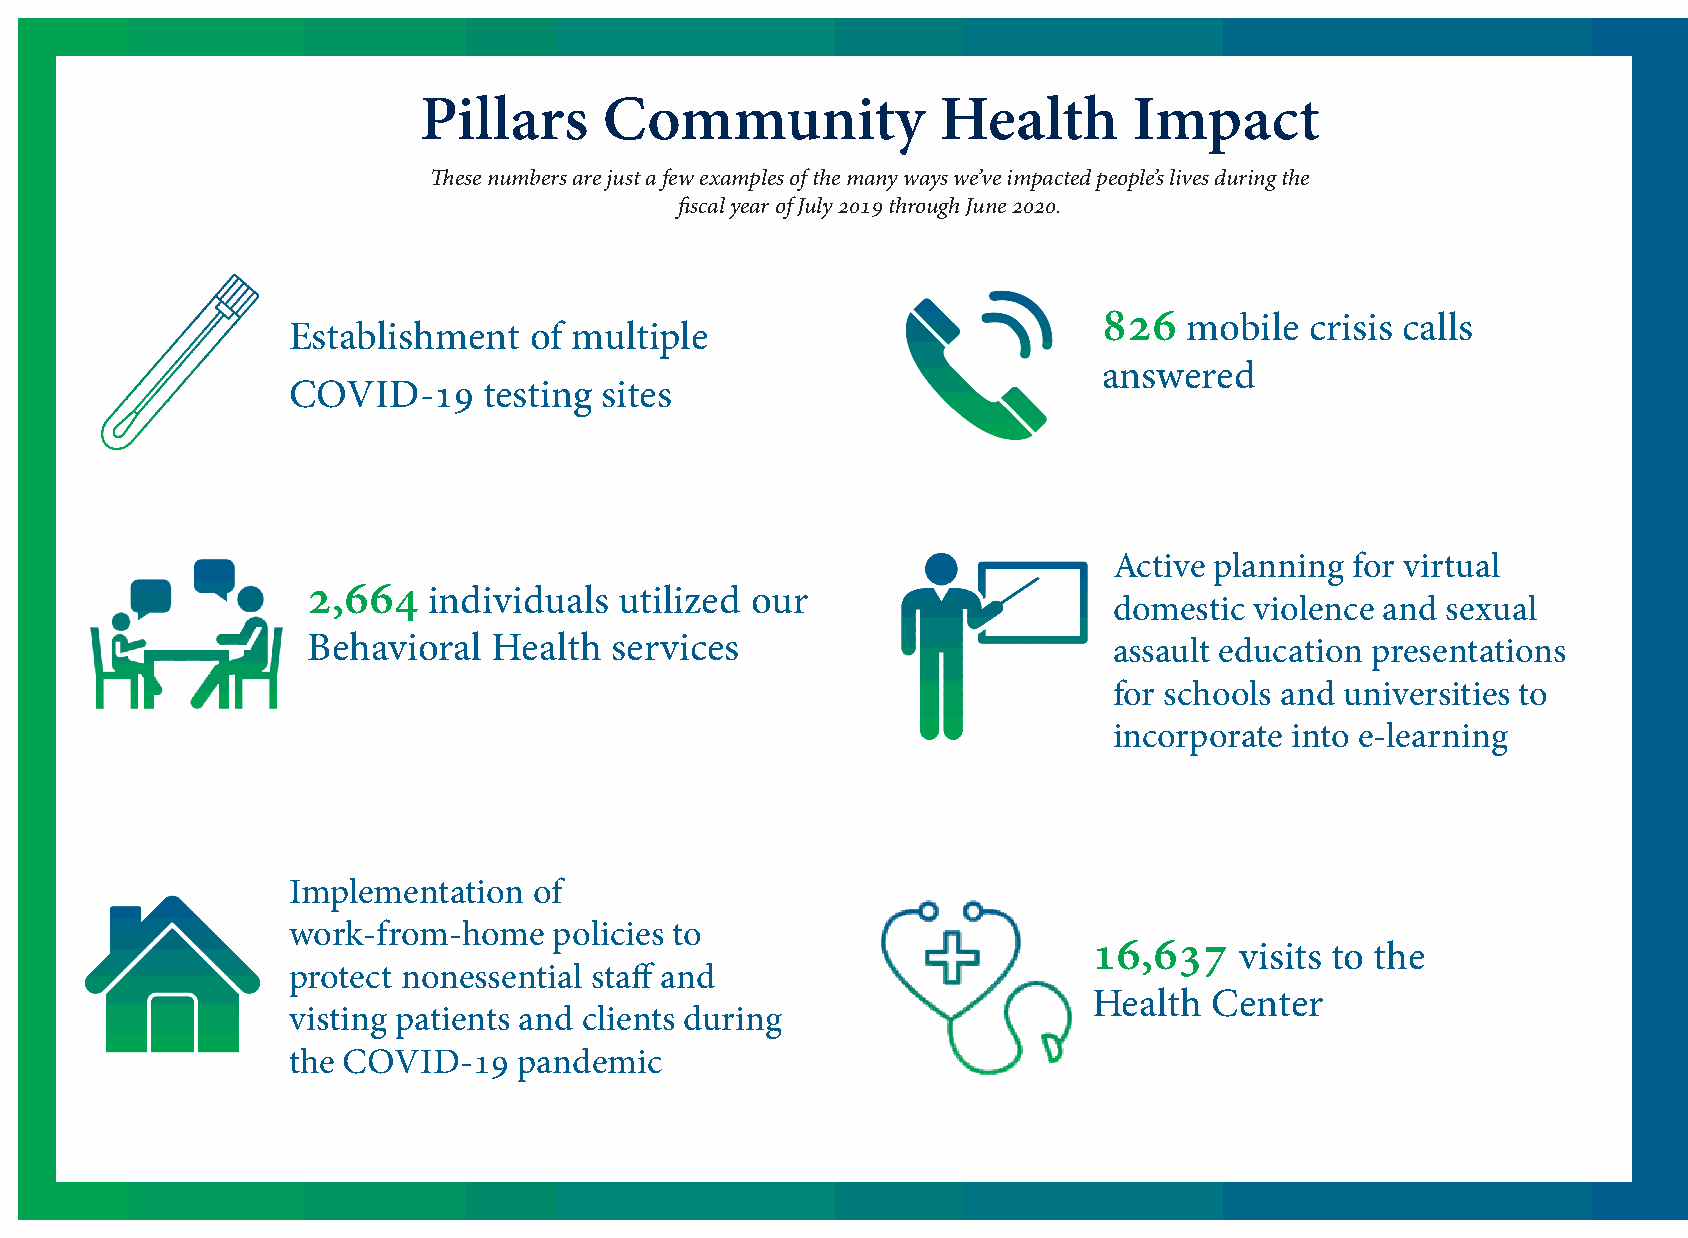
Pillars     Community             Health       Impact
 These numbers are just a few examples of the many ways we’ve impacted people’s lives during the
 fiscal year of July 2019 through June 2020.
 826   mobile  crisis calls
 Establishment   of multiple
 answered
 COVID-19     testing sites
 Active planning for virtual
 2,664   individuals  utilized our
 domestic violence and sexual
 Behavioral   Health services                          assault education presentations
 for schools and universities to
 incorporate into e-learning
 Implementation  of
 work-from-home    policies to
 16,637    visits to the
 protect nonessential staff and
 Health  Center
 visting patients and clients during
 the COVID-19   pandemic